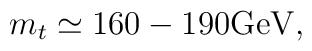
m_t\simeq 160-190{\rm GeV},